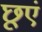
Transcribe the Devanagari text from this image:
छूएं